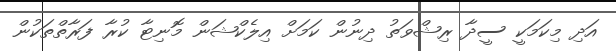
އަދި މިކަމަކީ ސީދާ ރިޝްވަތު ދިނުން ކަމަށް އިލެކްޝަން މޮނިޓާ ކުރާ ފަރާތްތަކުން